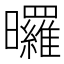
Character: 曪